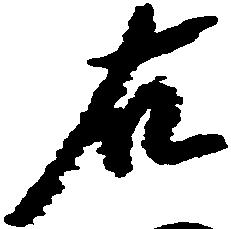
右